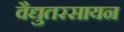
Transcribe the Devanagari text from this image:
वैद्युतरसायन